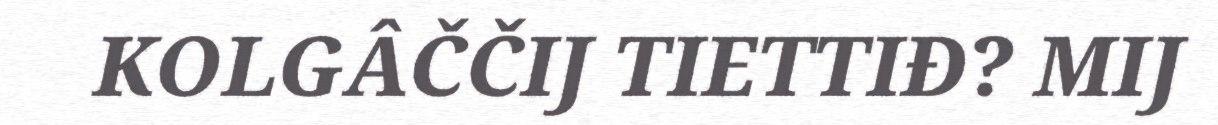
KOLGÂČČIJ TIETTIĐ? MIJ